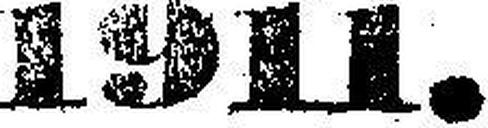
1911.